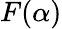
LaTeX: F(\alpha)